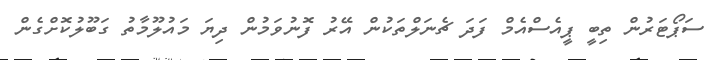
ސަޕޯޓަރުން ތިބީ ޕީއެސްއެމް ފަދަ ޗެނަލްތަކުން އޭރު ފޮނުވަމުން ދިޔަ މައުލޫމާތު ގަބޫލުކޮށްގެން